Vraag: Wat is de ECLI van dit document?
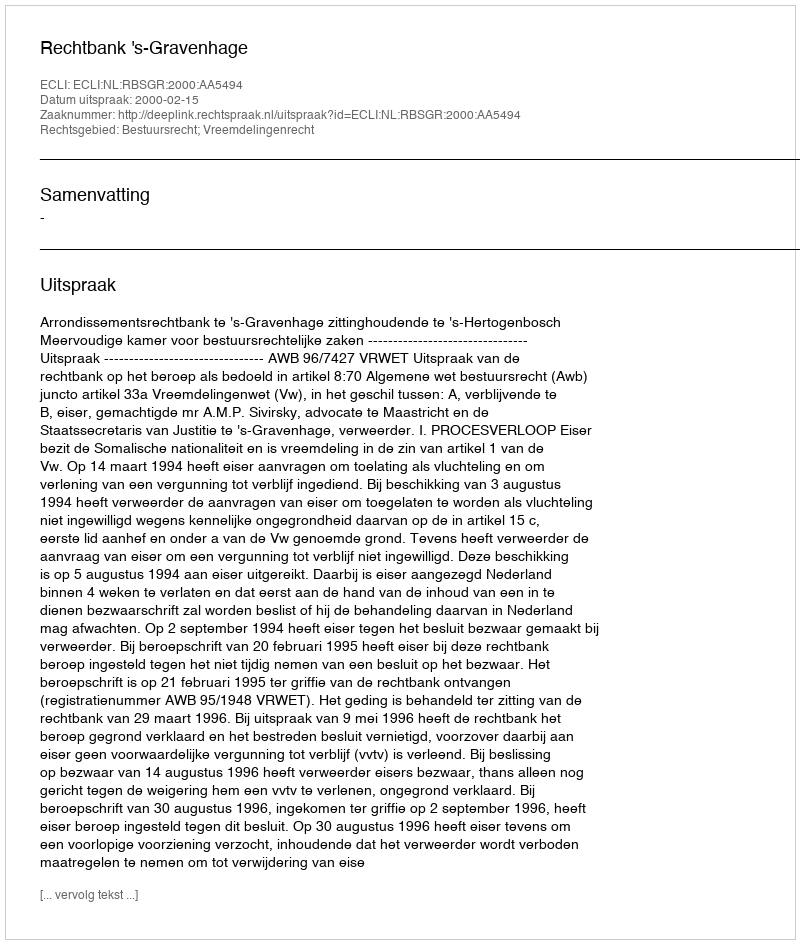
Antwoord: ECLI:NL:RBSGR:2000:AA5494